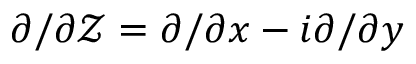
{ \partial } / { \partial \mathcal { Z } } = { \partial } / { \partial x } - i { \partial } / { \partial y }